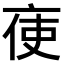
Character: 𠅚